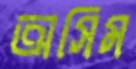
অসিম